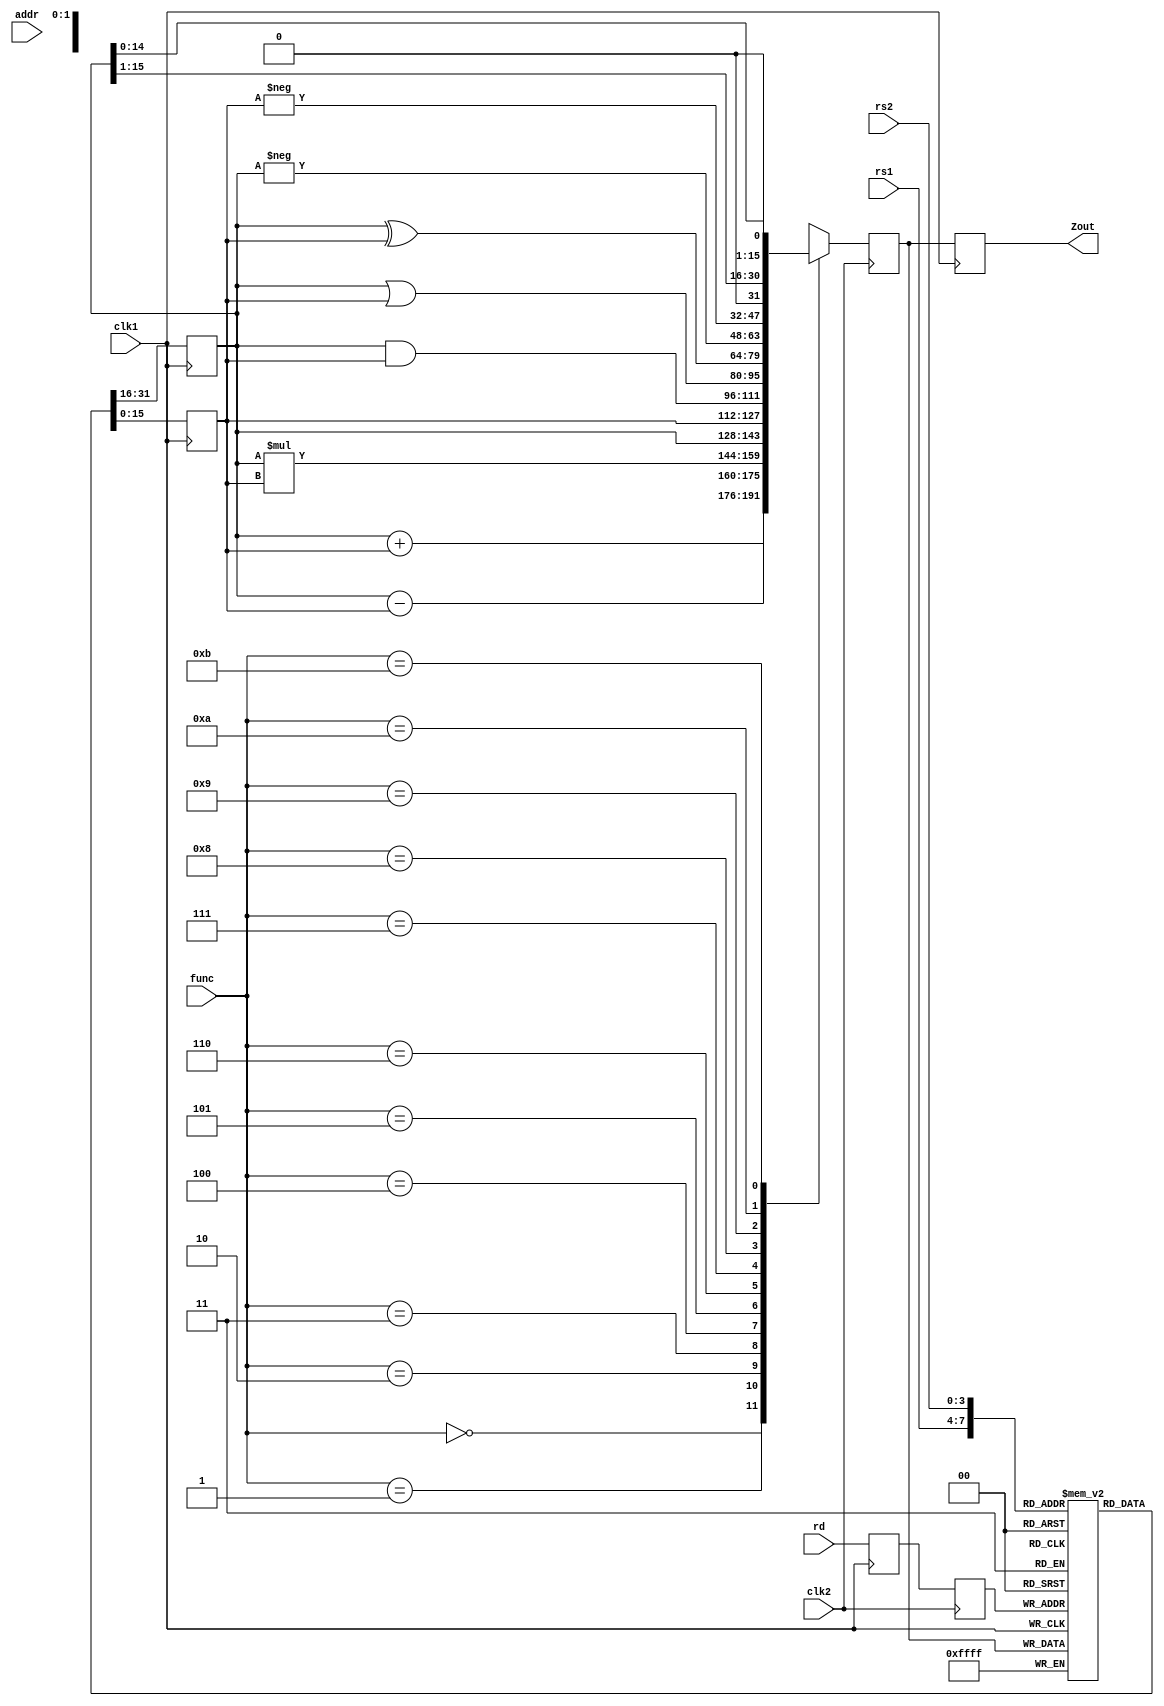
module pipe(Zout,rs1,rs2,rd,func,addr,clk1,clk2);
input[3:0] rs1,rs2,rd,func;
input[7:0] addr;
input clk1,clk2; //two phase clock
output [15:0] Zout;

reg [15:0] L12_A,L12_B,L23_Z,L34_Z;
reg [3:0] L12_rd,L12_func,L23_rd;
reg [7:0] L12_addr,L23_addr,L34_addr;

reg [15:0] regbank [0:15];
reg [15:0] mem[0:255];

assign Zout =L34_Z;
always @(posedge clk1)
 begin
     L12_A    <=   #2 regbank[rs1];
	  L12_B    <=   #2 regbank[rs2];
	  L12_rd   <=   #2 rd;
	  L12_func <=   #2 func;
	  L12_addr <=   #2 addr;  //stage1s
 end
 
 always @(negedge clk2)
  begin
    case(func)
	 0: L23_Z  <= #2 L12_A + L12_B;
	 1: L23_Z  <= #2 L12_A - L12_B;
	 2: L23_Z  <= #2 L12_A * L12_B;
	 3: L23_Z  <= #2 L12_A;
	 4: L23_Z  <= #2 L12_B;
	 5: L23_Z  <= #2 L12_A & L12_B;
	 6: L23_Z  <= #2 L12_A | L12_B;
	 7: L23_Z  <= #2 L12_A ^ L12_B;
	 8: L23_Z  <= #2 - L12_A;
	 9: L23_Z  <= #2 - L12_B;
	 10: L23_Z  <= #2 L12_A >> 1;
	 11: L23_Z  <= #2 L12_A << 1;
	 default : L23_Z <= #2 16'hxxxx;
	 endcase
	 L23_rd  <= #2 L12_rd;
	 L23_addr <= #2 L12_addr;  //stage2
	end
 always @(posedge clk1)
   begin
	  regbank[L23_rd] <= #2 L23_Z;
	  L34_Z  <= #2 L23_Z;
	  L34_addr  <= #2 L23_addr;
	  end
 always @(negedge clk1)
   begin
	 mem[L23_addr] <= #2 L34_Z;
	 end
	
endmodule


module pipe_test;
wire [15:0] Z;
reg [3:0]  rs1,rs2,rd,func;
reg [7:0]  addr;
reg clk1,clk2;
integer k;

 pipe MYPIPE(Z,rs1,rs2,rd,func,addr,clk1,clk2);
 initial 
 begin
   clk1=0; clk2=0;
	repeat (20)
	begin
	#5 clk1 =1; #5 clk1 =0;
	#5 clk2 =1 ; #5 clk2 =0;
	end
	end
	
initial
	 for(k=0; k<16;k=k+1)
	   MYPIPE.regbank[k] = k;
		
     initial 
       begin
  #5 rs1 = 3; rs2 = 5; rd = 10; func = 0; addr = 125; //add
  #20 rs1 = 3; rs2 = 8; rd = 12; func = 2; addr = 126; //mul
  #20 rs1 = 10; rs2 = 5; rd = 14; func = 1; addr = 128; //sub
  #20 rs1 = 7; rs2 = 3; rd = 13; func = 11; addr = 127; //sla
  #20 rs1 = 10; rs2 = 5; rd = 15; func = 1; addr = 129; //sub
  #20 rs1 = 12; rs2 = 13; rd = 16; func = 0; addr = 130; //add
  
  #60 for(k=125; k<131; k=k+1)
        $display("Mem[%3d] = %3d",k,MYPIPE.mem[k]);
      end

 initial 
   begin
   $dumpfile ("pipe.vcd");
   $dumpvars(0,pipe_test);
   $monitor("Time : %3d, F = %3d",$time,Z);
   //#300 $finish;
   end
endmodule